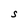
Character: S